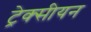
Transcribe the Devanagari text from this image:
ट्रेक्सीयन